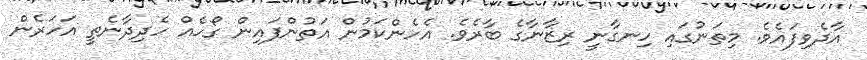
އާދެވިފައެވެ. މިތަނުގައި ހިނގާނީ ރިޒާނާގެ ބާރެވެ. އެހެންކަމުން އަތުންފައިން ގޯހެއް ހެދިދާނެތީ އަހަރެން